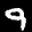
Label: 9